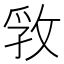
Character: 𰕊